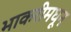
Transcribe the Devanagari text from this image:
भाकरीमधून